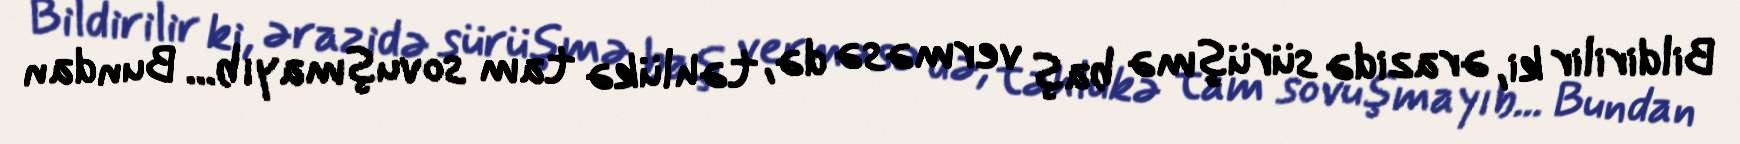
Bildirilir ki, ərazidə sürüşmə baş verməsə də, təhlükə tam sovuşmayıb... Bundan